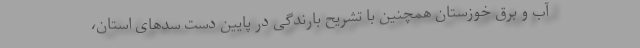
آب و برق خوزستان همچنین با تشریح بارندگی در پایین دست سدهای استان،